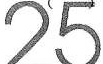
25